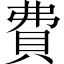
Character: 費